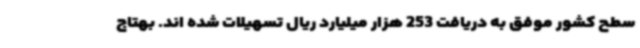
سطح کشور موفق به دریافت 253 هزار میلیارد ریال تسهیلات شده اند. بهتاج